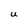
Character: U